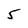
Character: 5